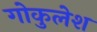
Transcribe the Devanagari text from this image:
गोकुलेश